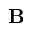
\bf B